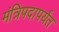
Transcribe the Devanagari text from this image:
मंत्रिपदापर्यंत